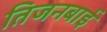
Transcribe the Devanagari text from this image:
तिजनबाई